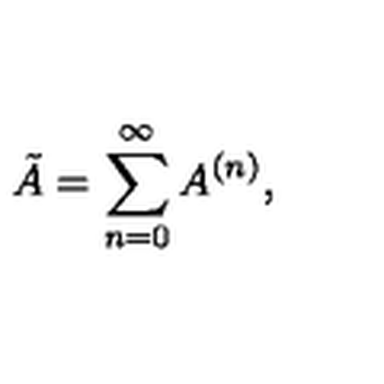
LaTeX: \tilde { A } = \sum _ { n = 0 } ^ { \infty } A ^ { ( n ) } ,